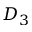
D _ { 3 }